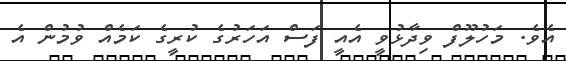
އެވެ. މަހުލޫފް ވިދާޅުވީ އެއީ ފަސް އަހަރުގެ ކުރީގެ ކަމެއް ވުމުން އެ